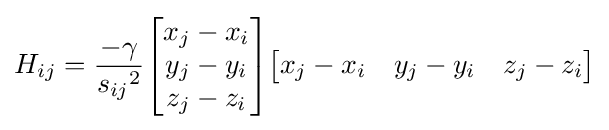
H_{ij}={-\gamma  \over {s_{ij}}^{2}}{\begin{bmatrix}x_{j}-x_{i}\\y_{j}-y_{i}\\z_{j}-z_{i}\end{bmatrix}}{\begin{bmatrix}x_{j}-x_{i}&y_{j}-y_{i}&z_{j}-z_{i}\end{bmatrix}}